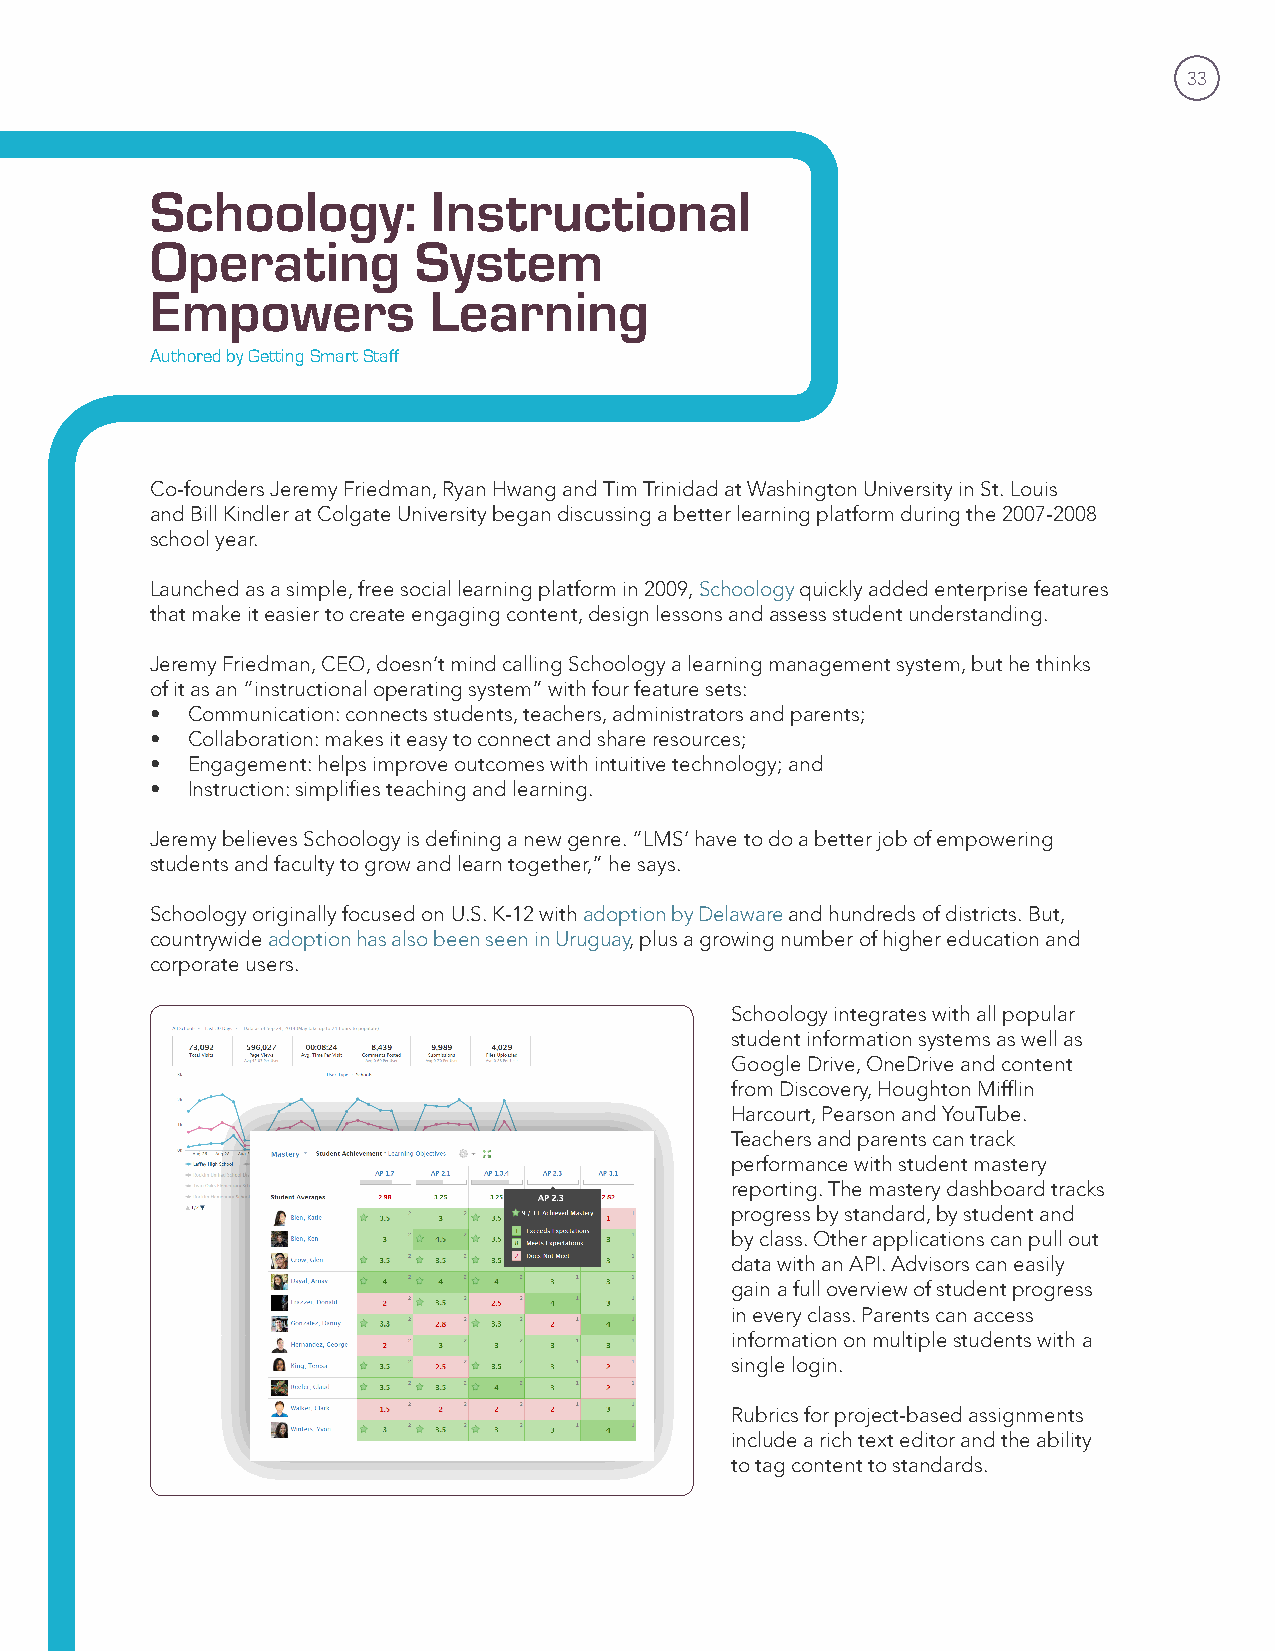
33
 Schoology:         Instructional
 Operating        System
 Empowers          Learning
 Authored by Getting Smart Staff
 Co-founders Jeremy Friedman, Ryan Hwang and Tim Trinidad at Washington University in St. Louis
 and Bill Kindler at Colgate University began discussing a better learning platform during the 2007-2008
 school year.
 Launched as a simple, free social learning platform in 2009, Schoology quickly added enterprise features
 that make it easier to create engaging content, design lessons and assess student understanding.
 Jeremy Friedman, CEO, doesn’t mind calling Schoology a learning management system, but he thinks
 of it as an “instructional operating system” with four feature sets:
 • Communication: connects students, teachers, administrators and parents;
 • Collaboration: makes it easy to connect and share resources;
 • Engagement: helps improve outcomes with intuitive technology; and
 • Instruction: simplifies teaching and learning.
 Jeremy believes Schoology is defining a new genre. “LMS’ have to do a better job of empowering
 students and faculty to grow and learn together,” he says.
 Schoology originally focused on U.S. K-12 with adoption by Delaware and hundreds of districts. But,
 countrywide adoption has also been seen in Uruguay, plus a growing number of higher education and
 corporate users.
 Schoology integrates with all popular
 student information systems as well as
 Google Drive, OneDrive and content
 from Discovery, Houghton Mifflin
 Harcourt, Pearson and YouTube.
 Teachers and parents can track
 performance with student mastery
 reporting. The mastery dashboard tracks
 progress by standard, by student and
 by class. Other applications can pull out
 data with an API. Advisors can easily
 gain a full overview of student progress
 in every class. Parents can access
 information on multiple students with a
 single login.
 Rubrics for project-based assignments
 include a rich text editor and the ability
 to tag content to standards.